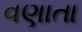
વણાતા